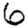
Digit: 6